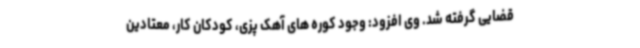
قضایی گرفته شد. وی افزود: وجود کوره های آهک پزی، کودکان کار، معتادین